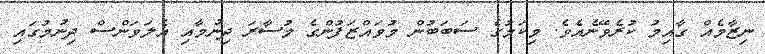
ނިޒާމެއް ގާއިމު ކުރެވޭނެއެވެ. މިކަމުގެ ސަބަބުން މުވައްޒަފުންގެ މުސާރަ ދިނުމާއި އެލަވަންސް ދިނުމުގައި